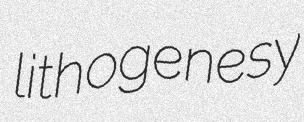
lithogenesy